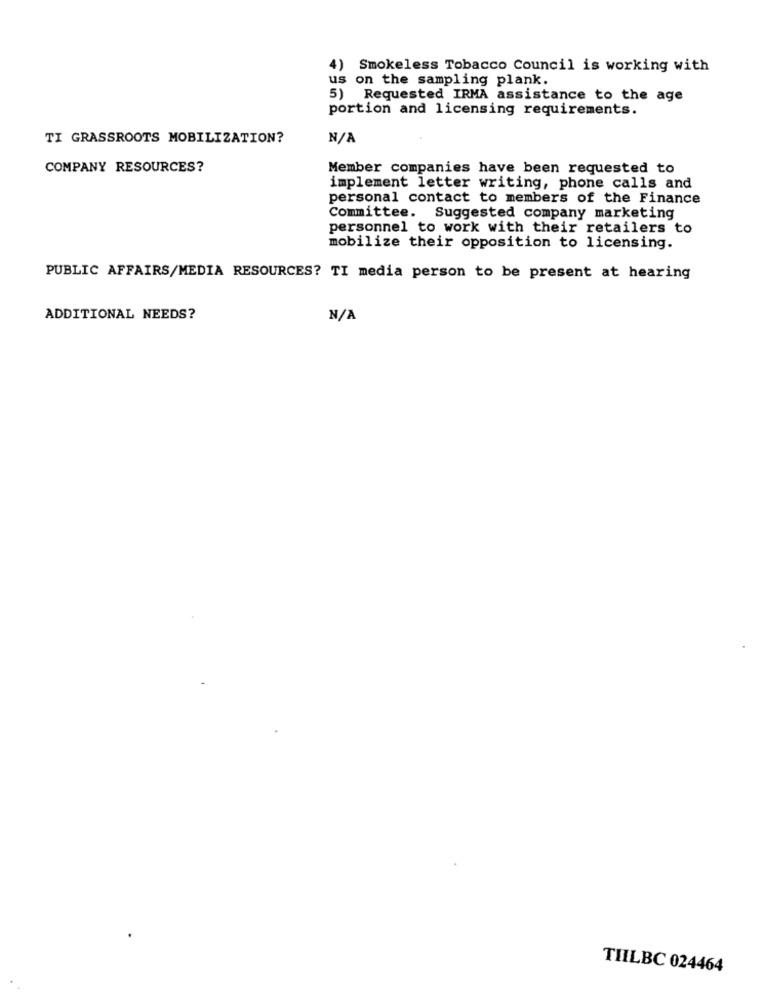
4) Smokeless Tobacco Council is working with
us on the sampling plank.
5) Requested IRMA assistance to the age
portion and licensing requirements.
TI GRASSROOTS MOBILIZATION?
COMPANY RESOURCES?
Member companies have been requested to
implement letter writing, phone calls and
personal contact to members of the Finance
Committee. Suggested company marketing
personnel to work with their retailers to
mobilize their opposition to licensing.
PUBLIC AFFAIRS/MEDIA RESOURCES? TI media person to be present at hearing
ADDITIONAL NEEDS?
TIILBC 024464